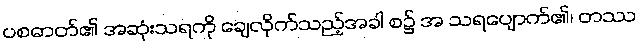
ပစဓာတ်၏ အဆုံးသရကို ချေလိုက်သည့်အခါ စ၌ အ သရပျောက်၏၊ တဿ